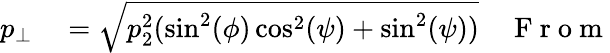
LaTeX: \begin{array}{rlr}{p_{\perp}}&{{}=\sqrt{p_{2}^{2}(\sin^{2}(\phi)\cos^{2}(\psi)+\sin^{2}(\psi))}}&{\mathrm{~F~r~o~m~}}\end{array}